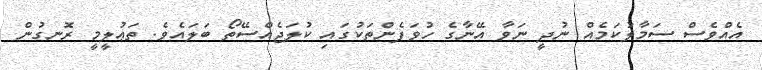
އެއްވެސް ސަމާލުކަމެއް ނުދީ ނަވާ އޭނާގެ ހުވަފެންތަކުގައި ކުލަޖެއްސޭތޯ ބަލައެވެ. ތަޢުލީމީ ރޮނގުން